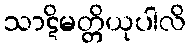
သာဋိမတ္တိယုပါလိ